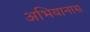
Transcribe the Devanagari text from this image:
अभियानास